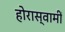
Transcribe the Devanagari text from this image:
होरास्वामीं